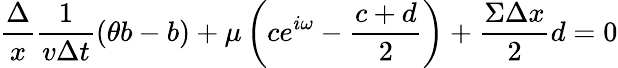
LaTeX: \frac{\Delta}{x}\frac{1}{v\Delta t}(\theta b-b)+\mu\left(ce^{i\omega}-\frac{c+d}{2}\right)+\frac{\Sigma\Delta x}{2}d=0